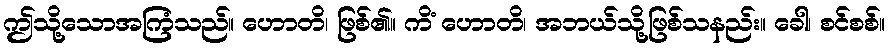
ဤသို့သောအကြံသည်။ ဟောတိ၊ ဖြစ်၏။ ကိံ ဟောတိ၊ အဘယ်သို့ဖြစ်သနည်း။ ခေါ၊ စင်စစ်။